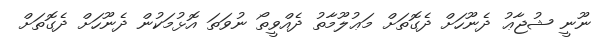
ނޫނީ ޝުޖާޢު ދެނޫހަށް ދެގޮތަށް މަޢުލޫމާތު ދެއްވީތޯ ނުވަތަ އޮޅުމަކުން ދެނޫހަށް ދެގޮތަށް